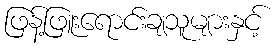
ဖြန့်ဖြူးရောင်းချသူများနှင့်